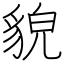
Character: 貌